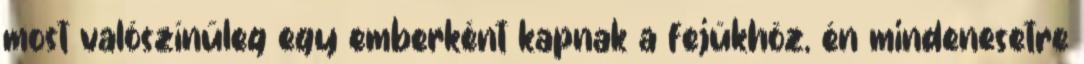
most valószínűleg egy emberként kapnak a fejükhöz, én mindenesetre